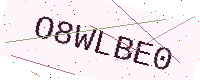
Text: O8WLBE0